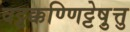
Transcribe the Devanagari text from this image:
वट्टक्कण्णिट्टेषु़त्तु